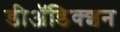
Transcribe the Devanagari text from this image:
डीअॅडिक्शन